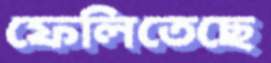
ফেলিতেছে